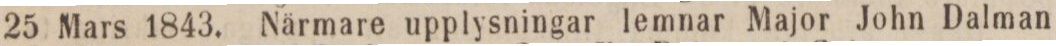
25 Mars 1843. Närmare upplysningar lemnar Major John Dalman